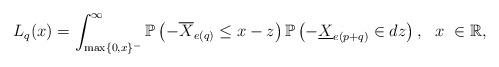
LaTeX: \begin{align*}L_{q}(x)=\int_{\max\{0,x\}^-}^{\infty}\mathbb P\left(-\overline{X}_{e(q)} \leq x-z\right)\mathbb P\left(-\underline{X}_{e(p+q)} \in dz \right), \ \ x \ \in \mathbb R,\end{align*}